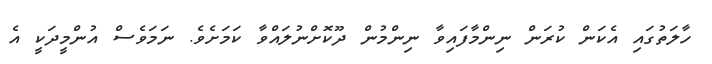
ހާލަތުގައި އެކަން ކުރަން ނިންމާފަައިވާ ނިންމުން ދޫކޮށްނުލައްވާ ކަމަށެވެ. ނަމަވެސް އުންމީދަކީ އެ